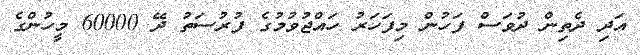
އަދި ދެތިން ދުވަސް ފަހުން މިފަހަރު ހައްޖުވުމުގެ ފުރުސަތު ދޭ 60000 މީހުންގެ